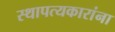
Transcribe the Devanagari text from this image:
स्थापत्यकारांना